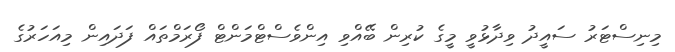
މިނިސްޓަރު ސައީދު ވިދާޅުވީ މީގެ ކުރިން ބޭއްވި އިންވެސްޓްމަންޓް ފޯރަމްތައް ފަދައިން މިއަހަރުގެ